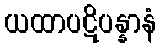
ယထာပဋိပန္နာနံ